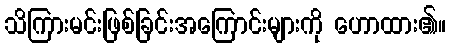
သိကြားမင်းဖြစ်ခြင်းအကြောင်းများကို ဟောထား၏။